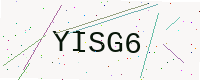
Text: YISG6